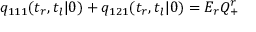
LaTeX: q _ { 1 1 1 } ( t _ { r } , t _ { l } | 0 ) + q _ { 1 2 1 } ( t _ { r } , t _ { l } | 0 ) = E _ { r } Q _ { + } ^ { r }